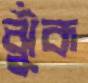
ঝুঁক